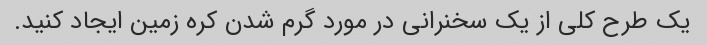
یک طرح کلی از یک سخنرانی در مورد گرم شدن کره زمین ایجاد کنید.